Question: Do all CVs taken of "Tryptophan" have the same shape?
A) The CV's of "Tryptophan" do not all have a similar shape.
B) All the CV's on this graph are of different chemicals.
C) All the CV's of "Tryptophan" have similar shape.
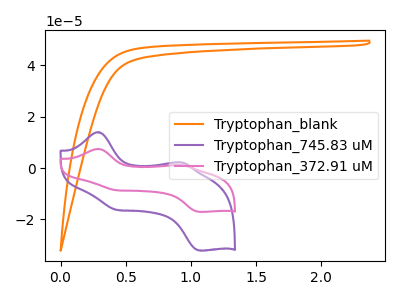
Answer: <think>The orange curve "Tryptophan_blank" has no peaks. The purple curve "Tryptophan_745.83 uM" has anodic peaks at (0.30V, 13.95uA) (0.95V, 2.15uA) and cathodic peaks at (0.45V, -16.25uA) (1.05V, -32.10uA). The pink curve "Tryptophan_372.91 uM" has anodic peaks at (0.30V, 7.40uA) (0.95V, 1.15uA) and cathodic peaks at (0.45V, -8.60uA) (1.05V, -17.05uA).
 "Tryptophan_blank" and "Tryptophan_745.83 uM" have a different number of peaks. "Tryptophan_blank" and "Tryptophan_372.91 uM" have a different number of peaks. All the peaks in "Tryptophan_745.83 uM" have a peak in "Tryptophan_372.91 uM" at the same potential. Every peak in "Tryptophan_745.83 uM" is higher than every peak in "Tryptophan_372.91 uM".</think>
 <answer>C) All the CV's of "Tryptophan" have similar shape.</answer>
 <eval>C</eval>